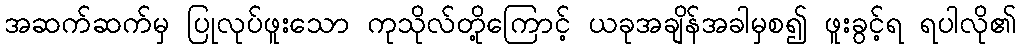
အဆက်ဆက်မှ ပြုလုပ်ဖူးသော ကုသိုလ်တို့ကြောင့် ယခုအချိန်အခါမှစ၍ ဖူးခွင့်ရ ရပါလို၏